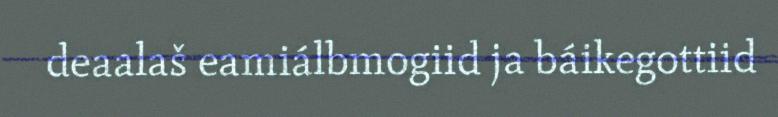
deaalaš eamiálbmogiid ja báikegottiid